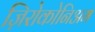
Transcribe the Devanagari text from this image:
ज़िरोकोनिअम